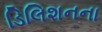
ડિલિશનના